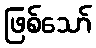
ဖြစ်သော်